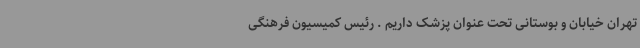
تهران خیابان و بوستانی تحت عنوان پزشک داریم . رئیس کمیسیون فرهنگی